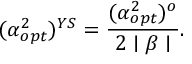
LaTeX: ( \alpha _ { o p t } ^ { 2 } ) ^ { Y S } = \frac { ( \alpha _ { o p t } ^ { 2 } ) ^ { o } } { 2 \mid \beta \mid } .